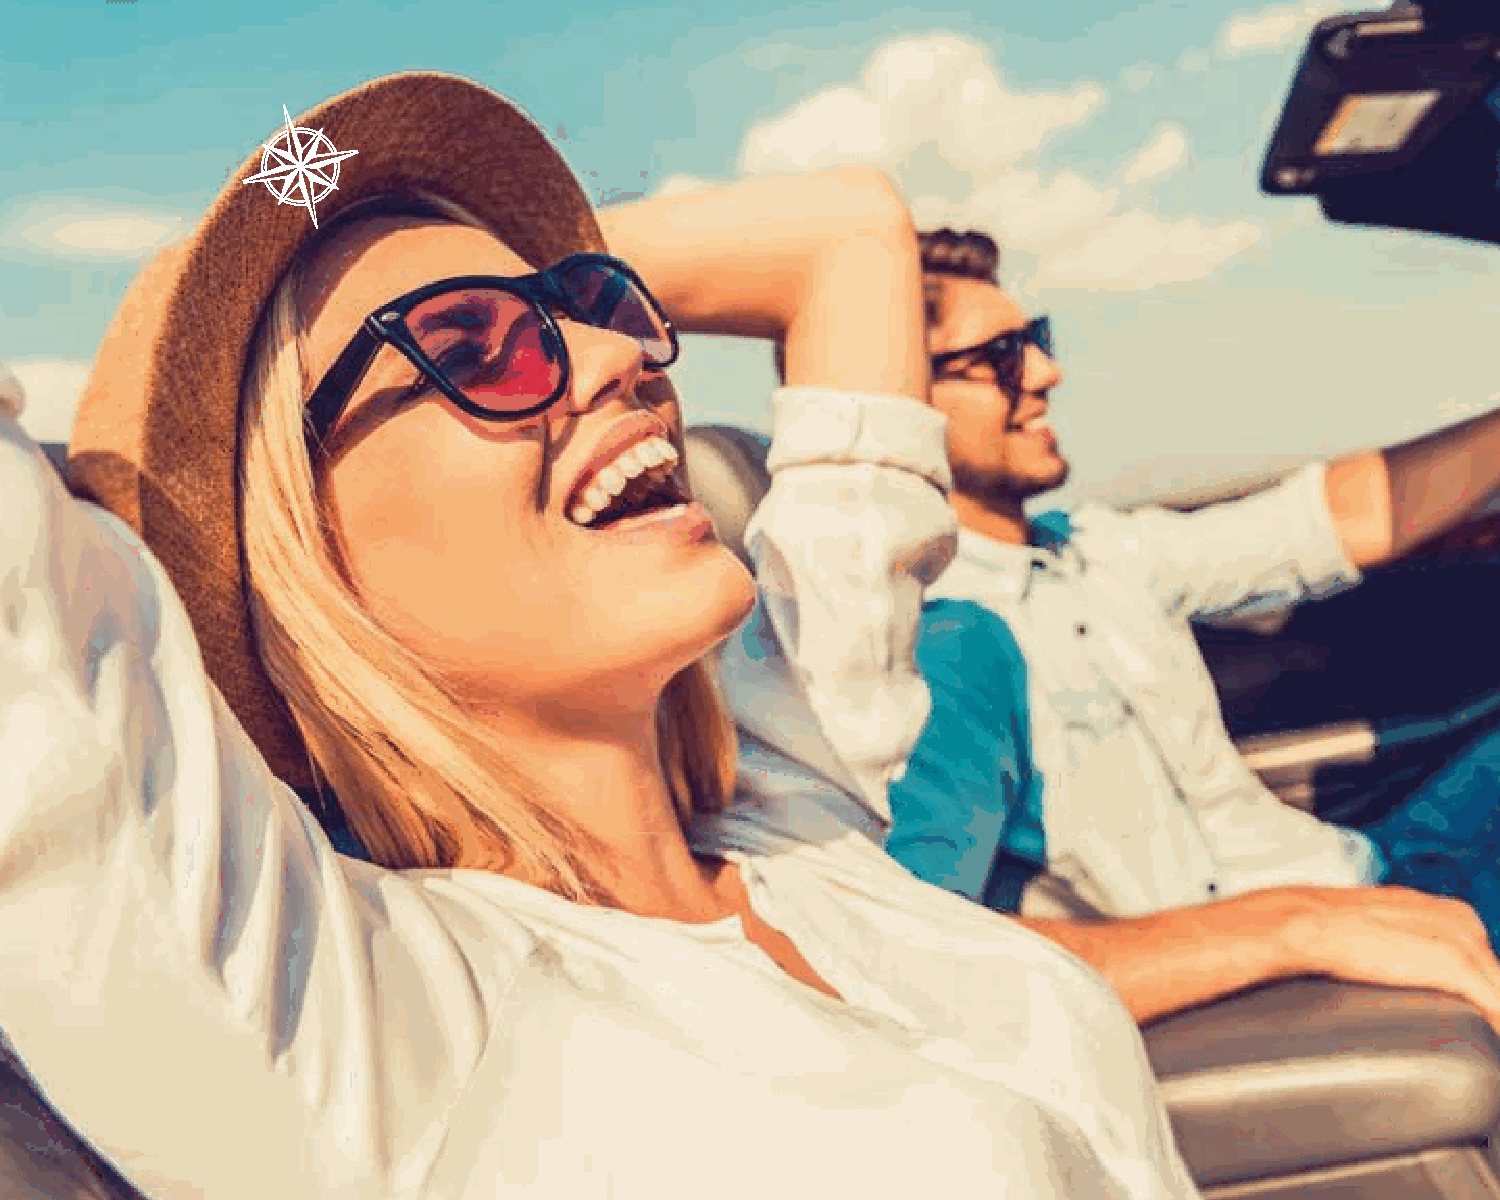
Changing          Attitudes...
 Changing          Latitudes
 Let us be the first to congratulate you on making one of the most important decisions of your life. The
 decision to start taking quality vacations with those that you love the most…your family. That may sound
 like a bold statement, but, in our minds, it’s really not. Think about something; when someone’s home catches
 on fire and is burning to the ground, what do they run back in for? Of course, their family is number one,
 but, after that, most people try to save their family photos, videos and memorabilia. If you think about it,
 everything else is replaceable, but your family and your family memories, are not.
 Vacations are one of the most important gifts we can give to our families, and ourselves. Sure, we go to
 work every day, and many of us love our jobs. But, let’s face it; a job is really just a means to an end. One of
 those ends is spending quality time with those that we love the most…our families. And what better way to
 do that than taking family vacations together?
 We invite you to step into a new world, our world; a world where vacations are a priority. A world where we
 make taking vacations more affordable, and therefore more accessible. You’ll never take quality vacations
 with your family unless you make it a priority in your life. That’s why we congratulate you on your decision
 to join our family…and to make vacationing with your loved ones a top priority.
 Let us change your Latitude; and we promise…
 it will change your Attitude!